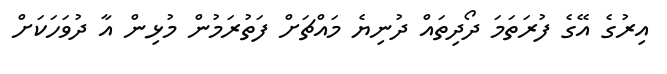
އިރުގެ އޭގެ ފުރަތަމަ ދޯދިތައް ދުނިޔެ މައްޗަށް ފަތުރަމުން މުޅިން އާ ދުވަހަކަށް